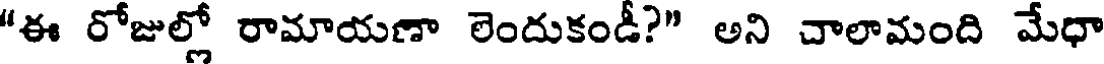
"ఈ రోజుల్లో రామాయణా లెందుకండీ?" అని చాలామంది మేధా